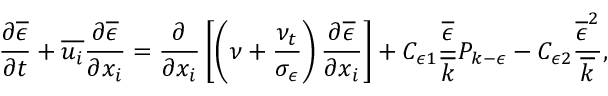
\frac { \partial \overline { { \epsilon } } } { \partial t } + \overline { { u _ { i } } } \frac { \partial \overline { { \epsilon } } } { \partial x _ { i } } = \frac { \partial } { \partial x _ { i } } \left[ \left( \nu + \frac { \nu _ { t } } { \sigma _ { \epsilon } } \right) \frac { \partial \overline { { \epsilon } } } { \partial x _ { i } } \right] + C _ { \epsilon 1 } \frac { \overline { { \epsilon } } } { \overline { { k } } } P _ { k - \epsilon } - C _ { \epsilon 2 } \frac { \overline { { \epsilon } } ^ { 2 } } { \overline { { k } } } ,